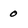
Character: 0